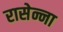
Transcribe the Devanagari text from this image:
रासेन्ना